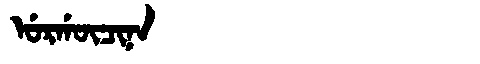
Manchu: ᡠᡵᡤᡡᠴᡳᠨᠠ
Romanization: URGŪCINA